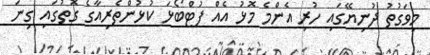
މިވަގުތު ދުނިޔޭގައި ހުރި އެންމެ މޮޅު އެއް ފުޓްބޯޅަ ކުޅުންތެރިއާގެ ގޮތުގައި ގިނަ